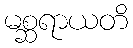
မစ္ဆရာယတိ